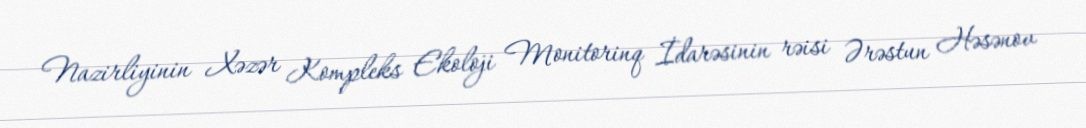
Nazirliyinin Xəzər Kompleks Ekoloji Monitorinq İdarəsinin rəisi Ərəstun Həsənov